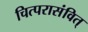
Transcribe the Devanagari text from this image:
चित्परासंवित्